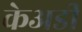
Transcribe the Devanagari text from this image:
केअडी